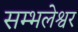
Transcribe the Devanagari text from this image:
सम्भलेश्वर